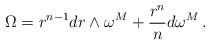
LaTeX: \begin{align*}\Omega =r^{n-1}dr\wedge \omega ^M + \frac{r^{n}}{n}d\omega ^M \,.\end{align*}